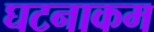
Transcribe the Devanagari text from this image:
घटनाकम